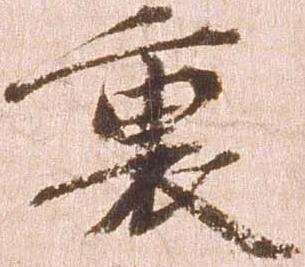
裏